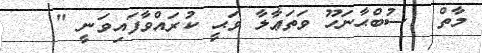
މާތް  ސުބްޙާނަހޫ ވަތަޢާލާ ވަޙީ ކުރައްވާފައިވަނީ "